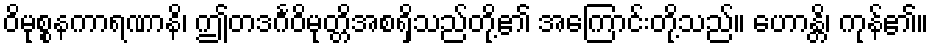
ဝိမုစ္စနကာရဏာနိ၊ ဤတဒင်္ဂဝိမုတ္တိအစရှိသည်တို့၏ အကြောင်းတို့သည်။ ဟောန္တိ၊ ကုန်၏။